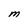
Character: M